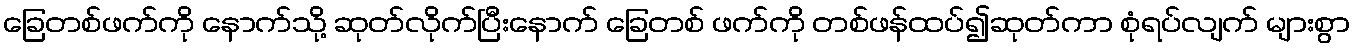
ခြေတစ်ဖက်ကို နောက်သို့ ဆုတ်လိုက်ပြီးနောက် ခြေတစ် ဖက်ကို တစ်ဖန်ထပ်၍ဆုတ်ကာ စုံရပ်လျက် များစွာ